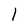
Character: 1